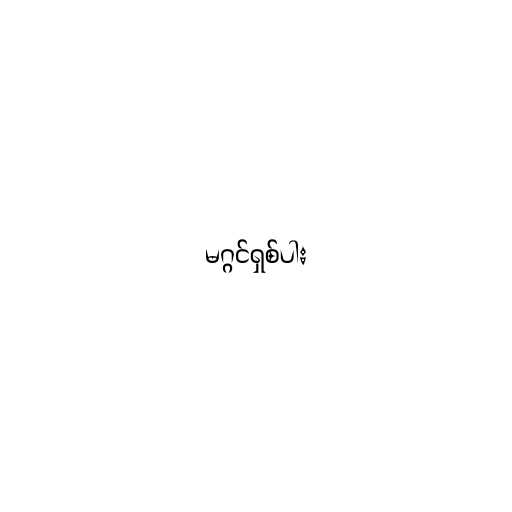
မဂ္ဂင်ရှစ်ပါး